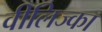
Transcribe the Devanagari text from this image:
वीलिज्का